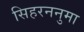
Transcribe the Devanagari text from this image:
सिहरननुमा